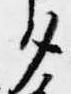
タ